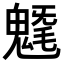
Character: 𩳯